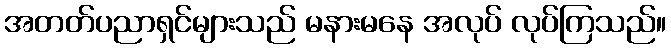
အတတ်ပညာရှင်များသည် မနားမနေ အလုပ် လုပ်ကြသည်။